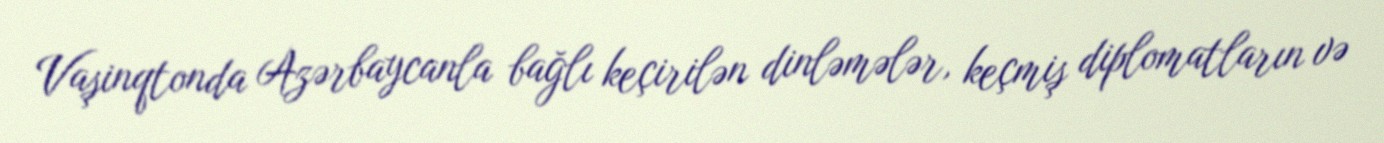
Vaşinqtonda Azərbaycanla bağlı keçirilən dinləmələr, keçmiş diplomatların və